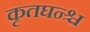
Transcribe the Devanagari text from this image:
कृतघन्श्च